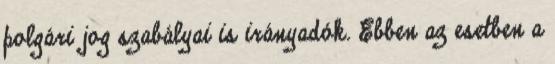
polgári jog szabályai is irányadók. Ebben az esetben a